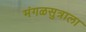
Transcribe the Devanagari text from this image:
मंगळसुत्राला